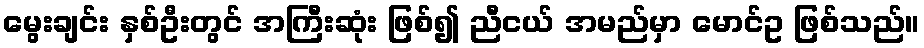
မွေးချင်း နှစ်ဦးတွင် အကြီးဆုံး ဖြစ်၍ ညီငယ် အမည်မှာ မောင်ဥ ဖြစ်သည်။